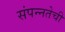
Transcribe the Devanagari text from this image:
संपन्नतेची